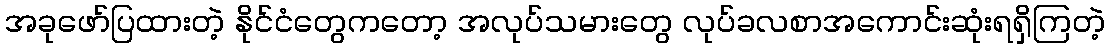
အခုဖော်ပြထားတဲ့ နိုင်ငံတွေကတော့ အလုပ်သမားတွေ လုပ်ခလစာအကောင်းဆုံးရရှိကြတဲ့